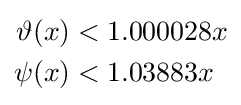
{\begin{aligned}\vartheta (x)&<1.000028x\\\psi (x)&<1.03883x\end{aligned}}